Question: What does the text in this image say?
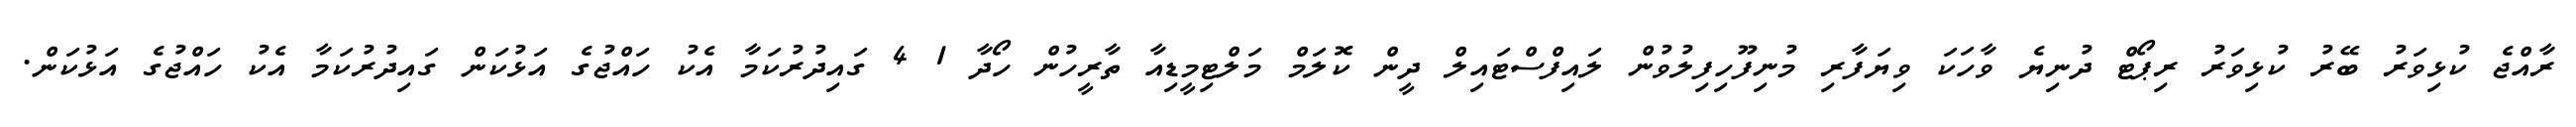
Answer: ރާއްޖެ ކުޅިވަރު ބޭރު ކުޅިވަރު ރިޕޯޓް ދުނިޔެ ވާހަކަ ވިޔަފާރި މުނިފޫހިފިލުވުން ލައިފްސްޓައިލް ދީން ކޮލަމް މަލްޓިމީޑިއާ ތާރީހުން ހޯދާ 1 4 ގައިދުރުކަމާ އެކު ހައްޖުގެ އަޅުކަން ގައިދުރުކަމާ އެކު ހައްޖުގެ އަޅުކަން.